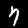
Label: 7